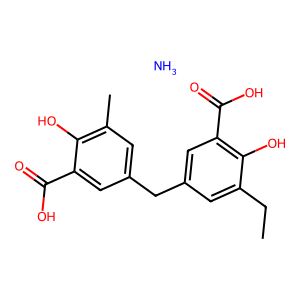
SMILES: CCc1cc(Cc2cc(C)c(O)c(C(=O)O)c2)cc(C(=O)O)c1O.N
Inhibits HIV replication: Yes